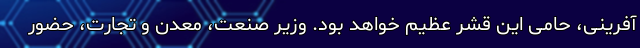
آفرینی، حامی این قشر عظیم خواهد بود. وزیر صنعت، معدن و تجارت، حضور